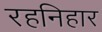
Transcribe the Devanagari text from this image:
रहनिहार